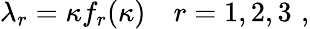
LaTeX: \lambda_{r}=\kappa f_{r}(\kappa)\quad r=1,2,3\, \, ,